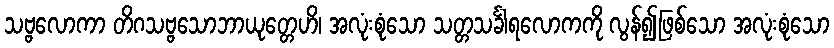
သဗ္ဗလောကာ တိဂသဗ္ဗသောဘာယုတ္တေဟိ၊ အလုံးစုံသော သတ္တသင်္ခါရလောကကို လွန်၍ဖြစ်သော အလုံးစုံသော